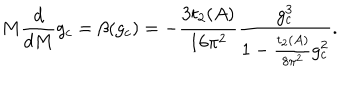
LaTeX: M \frac { d } { d M } g _ { c } = \beta ( g _ { c } ) = - \frac { 3 t _ { 2 } ( A ) } { 1 6 \pi ^ { 2 } } \frac { g _ { c } ^ { 3 } } { 1 - \frac { t _ { 2 } ( A ) } { 8 \pi ^ { 2 } } g _ { c } ^ { 2 } } .